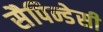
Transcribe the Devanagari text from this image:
सैपिन्डेसी